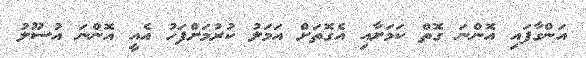
އަންގާފައި އޮންނަ ގޮތް ކަމަށާއި އެގޮތަށް އަމަލު ކުރުމަށްފަހު އެއީ އޮންނަ އުސޫލު